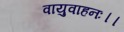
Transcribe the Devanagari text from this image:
वायुवाहनः।।